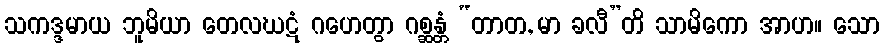
သကဒ္ဒမာယ ဘူမိယာ တေလဃဋံ ဂဟေတွာ ဂစ္ဆန္တံ “တာတ, မာ ခလီ”တိ သာမိကော အာဟ။ သော